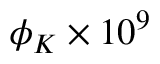
\phi _ { K } \times 1 0 ^ { 9 }